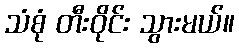
သံစုံ တီးဝိုင်း သွားမယ်။